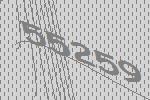
55259